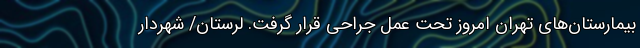
بیمارستان‌های تهران امروز تحت عمل جراحی قرار گرفت. لرستان/ شهردار